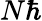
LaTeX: N\hbar